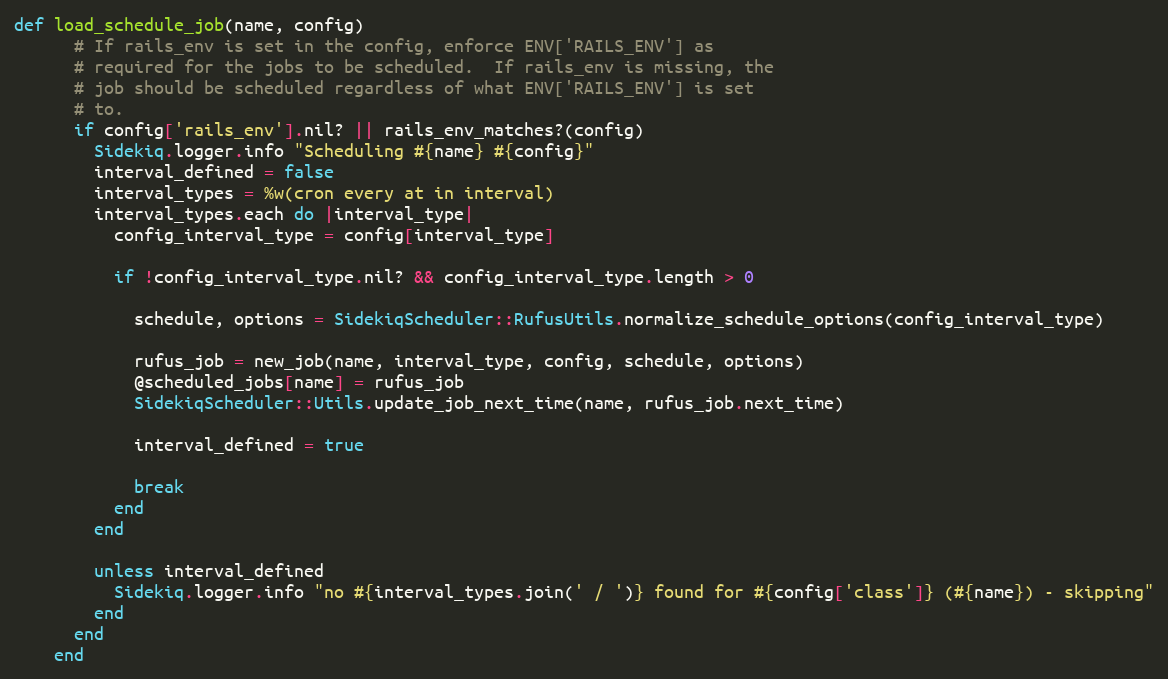
Language: Ruby
def load_schedule_job(name, config)
      # If rails_env is set in the config, enforce ENV['RAILS_ENV'] as
      # required for the jobs to be scheduled.  If rails_env is missing, the
      # job should be scheduled regardless of what ENV['RAILS_ENV'] is set
      # to.
      if config['rails_env'].nil? || rails_env_matches?(config)
        Sidekiq.logger.info "Scheduling #{name} #{config}"
        interval_defined = false
        interval_types = %w(cron every at in interval)
        interval_types.each do |interval_type|
          config_interval_type = config[interval_type]

          if !config_interval_type.nil? && config_interval_type.length > 0

            schedule, options = SidekiqScheduler::RufusUtils.normalize_schedule_options(config_interval_type)

            rufus_job = new_job(name, interval_type, config, schedule, options)
            @scheduled_jobs[name] = rufus_job
            SidekiqScheduler::Utils.update_job_next_time(name, rufus_job.next_time)

            interval_defined = true

            break
          end
        end

        unless interval_defined
          Sidekiq.logger.info "no #{interval_types.join(' / ')} found for #{config['class']} (#{name}) - skipping"
        end
      end
    end